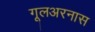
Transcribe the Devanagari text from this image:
गूलअरनास